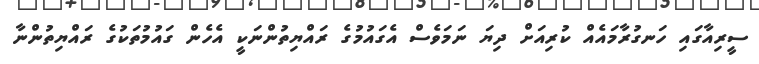
ސީރިއާގައި ހަނގުރާމައެއް ކުރިއަށް ދިޔަ ނަމަވެސް އެގައުމުގެ ރައްޔިތުންނަކީ އެހެން ގައުމުތަކުގެ ރައްޔިތުންނާ